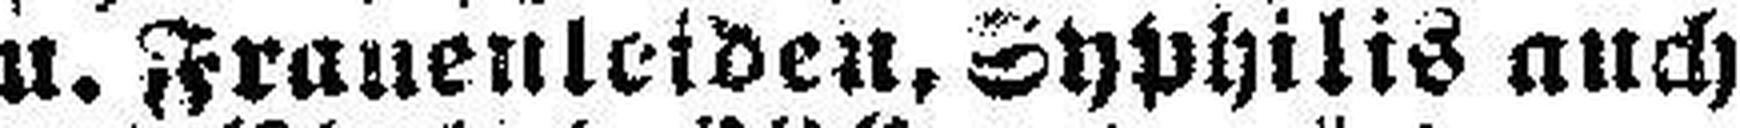
u. Frauenleiden Syphilis auch